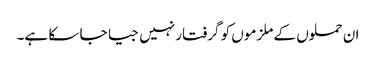
ان حملوں کے ملزموں کو گرفتار نہیں جیا جا سکا ہے۔